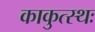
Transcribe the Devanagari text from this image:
काकुत्स्थः